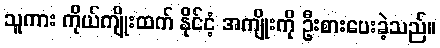
သူကား ကိုယ်ကျိုးထက် နိုင်ငံ့ အကျိုးကို ဦးစားပေးခဲ့သည်။